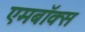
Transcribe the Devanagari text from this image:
एमबॉक्स